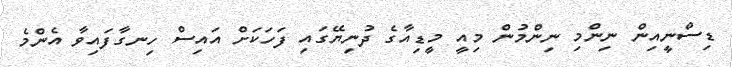
ޑިސްނީއިން ނިންމި ނިންމުން މިއީ މީޑިއާގެ ދުނިޔޭގައި ފަހަކަށް އައިސް ހިނގާފައިވާ އެންމެ